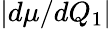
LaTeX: |d\mu/dQ_{1}|